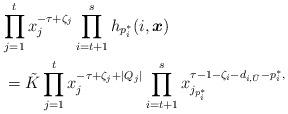
LaTeX: \begin{align*}&{\prod_{j =1}^tx_j^{-\tau+\zeta_j}\prod_{i=t+1}^sh_{p^*_i}(i,\boldsymbol{x})}\\&= \tilde{K}\prod_{j=1}^{t}x_j^{-\tau+\zeta_j+|Q_j|}\prod_{i=t+1}^{s}x_{j_{p^*_i}}^{\tau-1-\zeta_i-d_{i,\bar{U}}-p^*_i,}\end{align*}